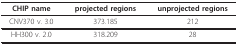
<table><thead><tr><td><b>CHIP name</b></td><td><b>projected regions</b></td><td><b>unprojected regions</b></td></tr></thead><tbody><tr><td>CNV370 v. 3.0</td><td>373.185</td><td>212</td></tr><tr><td>HH300 v. 2.0</td><td>318.209</td><td>28</td></tr></tbody></table>